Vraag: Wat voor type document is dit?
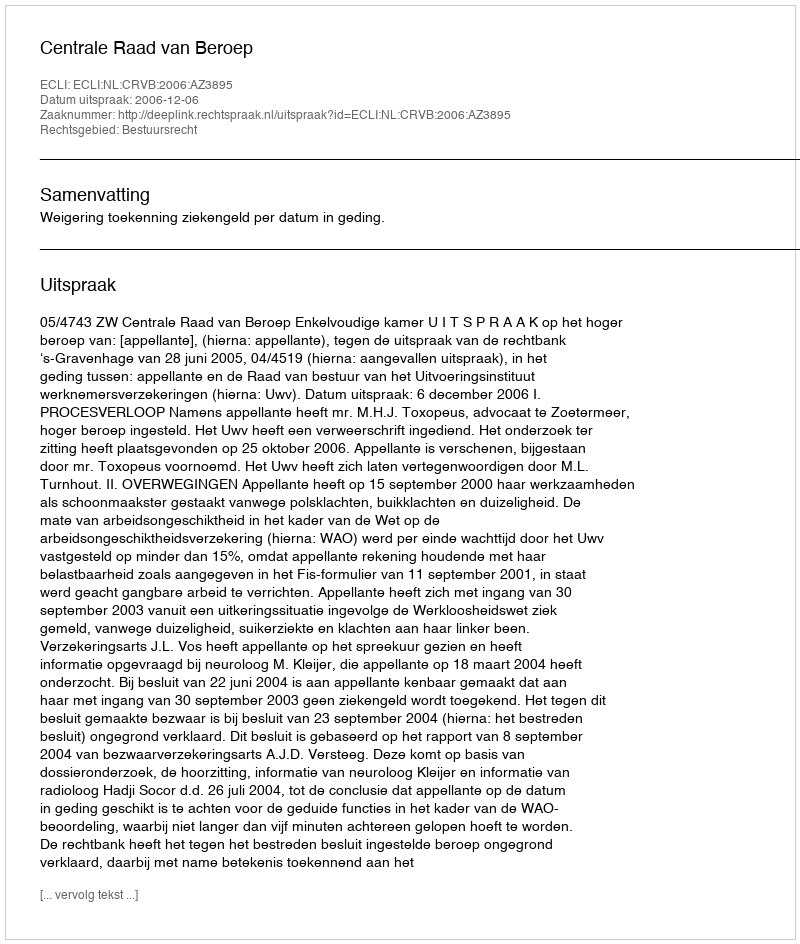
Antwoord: Uitspraak